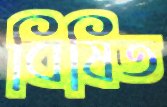
বিষিত